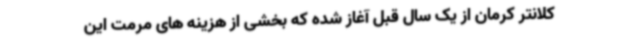
کلانتر کرمان از یک سال قبل آغاز شده که بخشی از هزینه های مرمت این